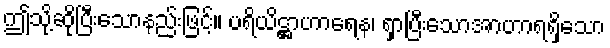
ဤသို့ဆိုပြီးသောနည်းဖြင့်။ ပရိယိဋ္ဌာဟာရေန၊ ရှာပြီးသောအာဟာရရှိသော